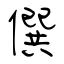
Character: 僎